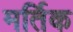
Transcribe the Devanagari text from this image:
मर्तिक